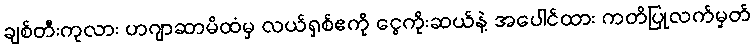
ချစ်တီးကုလား ဟဂျာဆာမိထံမှ လယ်ရှစ်ဧကို ငွေကိုးဆယ်နဲ့ အပေါင်ထား ကတိပြုလက်မှတ်